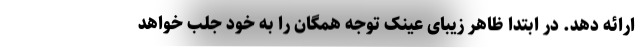
ارائه دهد. در ابتدا ظاهر زیبای عینک توجه همگان را به خود جلب خواهد